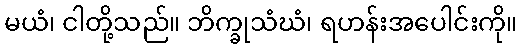
မယံ၊ ငါတို့သည်။ ဘိက္ခုသံဃံ၊ ရဟန်းအပေါင်းကို။